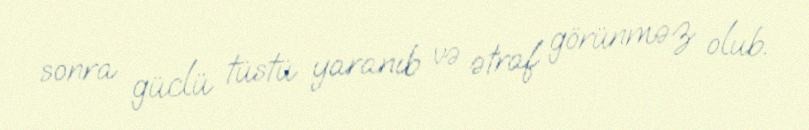
sonra güclü tüstü yaranıb və ətraf görünməz olub.